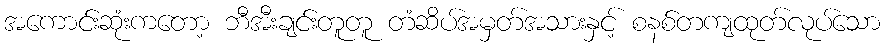
အကောင်းဆုံးကတော့ ဘီအီးချင်းတူတူ တံဆိပ်အမှတ်အသားနှင့် စနစ်တကျထုတ်လုပ်သော